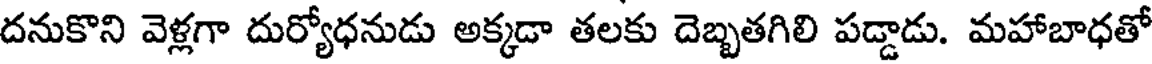
దనుకొని వెళ్లగా దుర్యోధనుడు అక్కడా తలకు దెబ్బతగిలి పడ్డాడు. మహాబాధతో